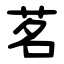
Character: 茗